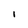
Character: l